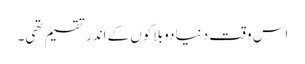
اس وقت دنیا دو بلاکوں کے اندر تقسیم تھی۔